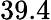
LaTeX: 39.4